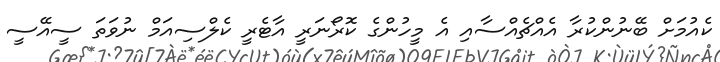
ކެއުމަށް ބޭނުންކުރާ އެއްޗެއްސާއި އެ މީހުންގެ ކޮރޯނަރީ އާޓެރީ ކެލްސިއަމް ނުވަތަ ސީއޭސީ